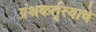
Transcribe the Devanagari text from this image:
ग्रंथकर्तृत्वाचे